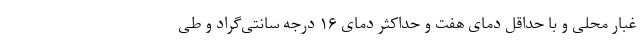
غبار محلی و با حداقل دمای هفت و حداکثر دمای ۱۶ درجه سانتی‌گراد و طی